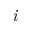
\textit { i }